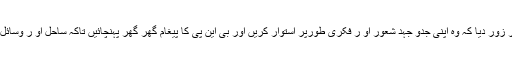
انہوں نے بی این پی کے کارکنوں پر زور دیا کہ وہ اپنی جدو جہد شعور او ر فکری طورپر استوار کریں اور بی این پی کا پیغام گھر گھر پہنچائیں تاکہ ساحل او ر وسائل کی جدو جہد کو مزید استحکام ملے۔